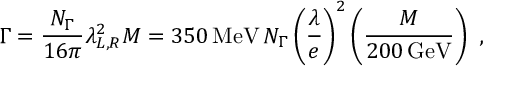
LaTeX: \Gamma = \frac { N _ { \Gamma } } { 1 6 \pi } \lambda _ { L , R } ^ { 2 } M = 3 5 0 \, \mathrm { M e V } \, N _ { \Gamma } \left( \frac { \lambda } { e } \right) ^ { 2 } \left( \frac { M } { 2 0 0 \, \mathrm { G e V } } \right) ~ ,